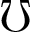
\mho